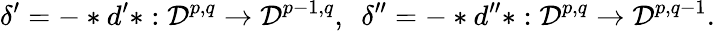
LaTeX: \delta^{\prime}=-\ast d^{\prime}\ast:{\cal D}^{p,q}\rightarrow{\cal D}^{p-1,q},\ \ \delta^{\prime\prime}=-\ast d^{\prime\prime}\ast:{\cal D}^{p,q}\rightarrow{\cal D}^{p,q-1}.